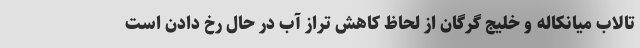
تالاب میانکاله و خلیج گرگان از لحاظ کاهش تراز آب در حال رخ دادن است